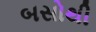
બસોથી